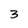
Character: 3